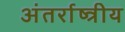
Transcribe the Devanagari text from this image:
अंतर्राष्त्रीय